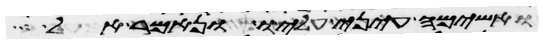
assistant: ואשימה עיני עליו ונאמר אל